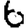
Digit: 6